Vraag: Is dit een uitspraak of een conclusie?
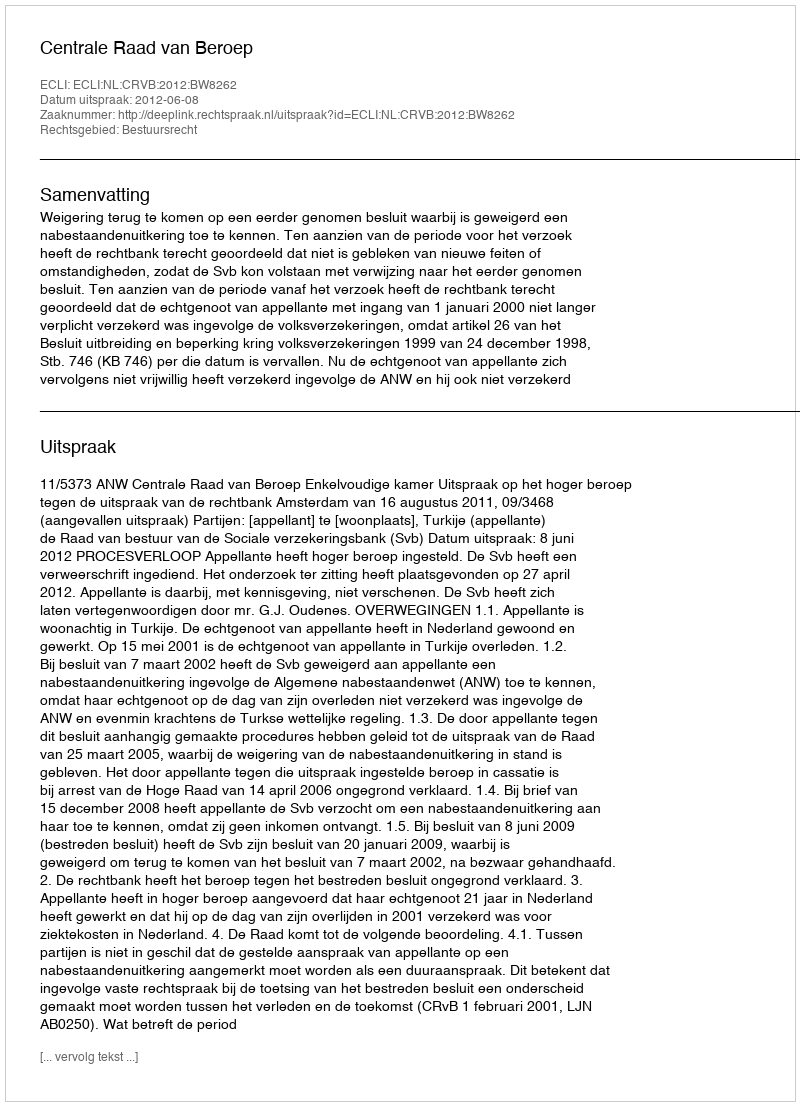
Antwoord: Uitspraak